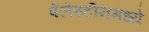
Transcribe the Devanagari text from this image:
पॅलेस्टीनमध्ये